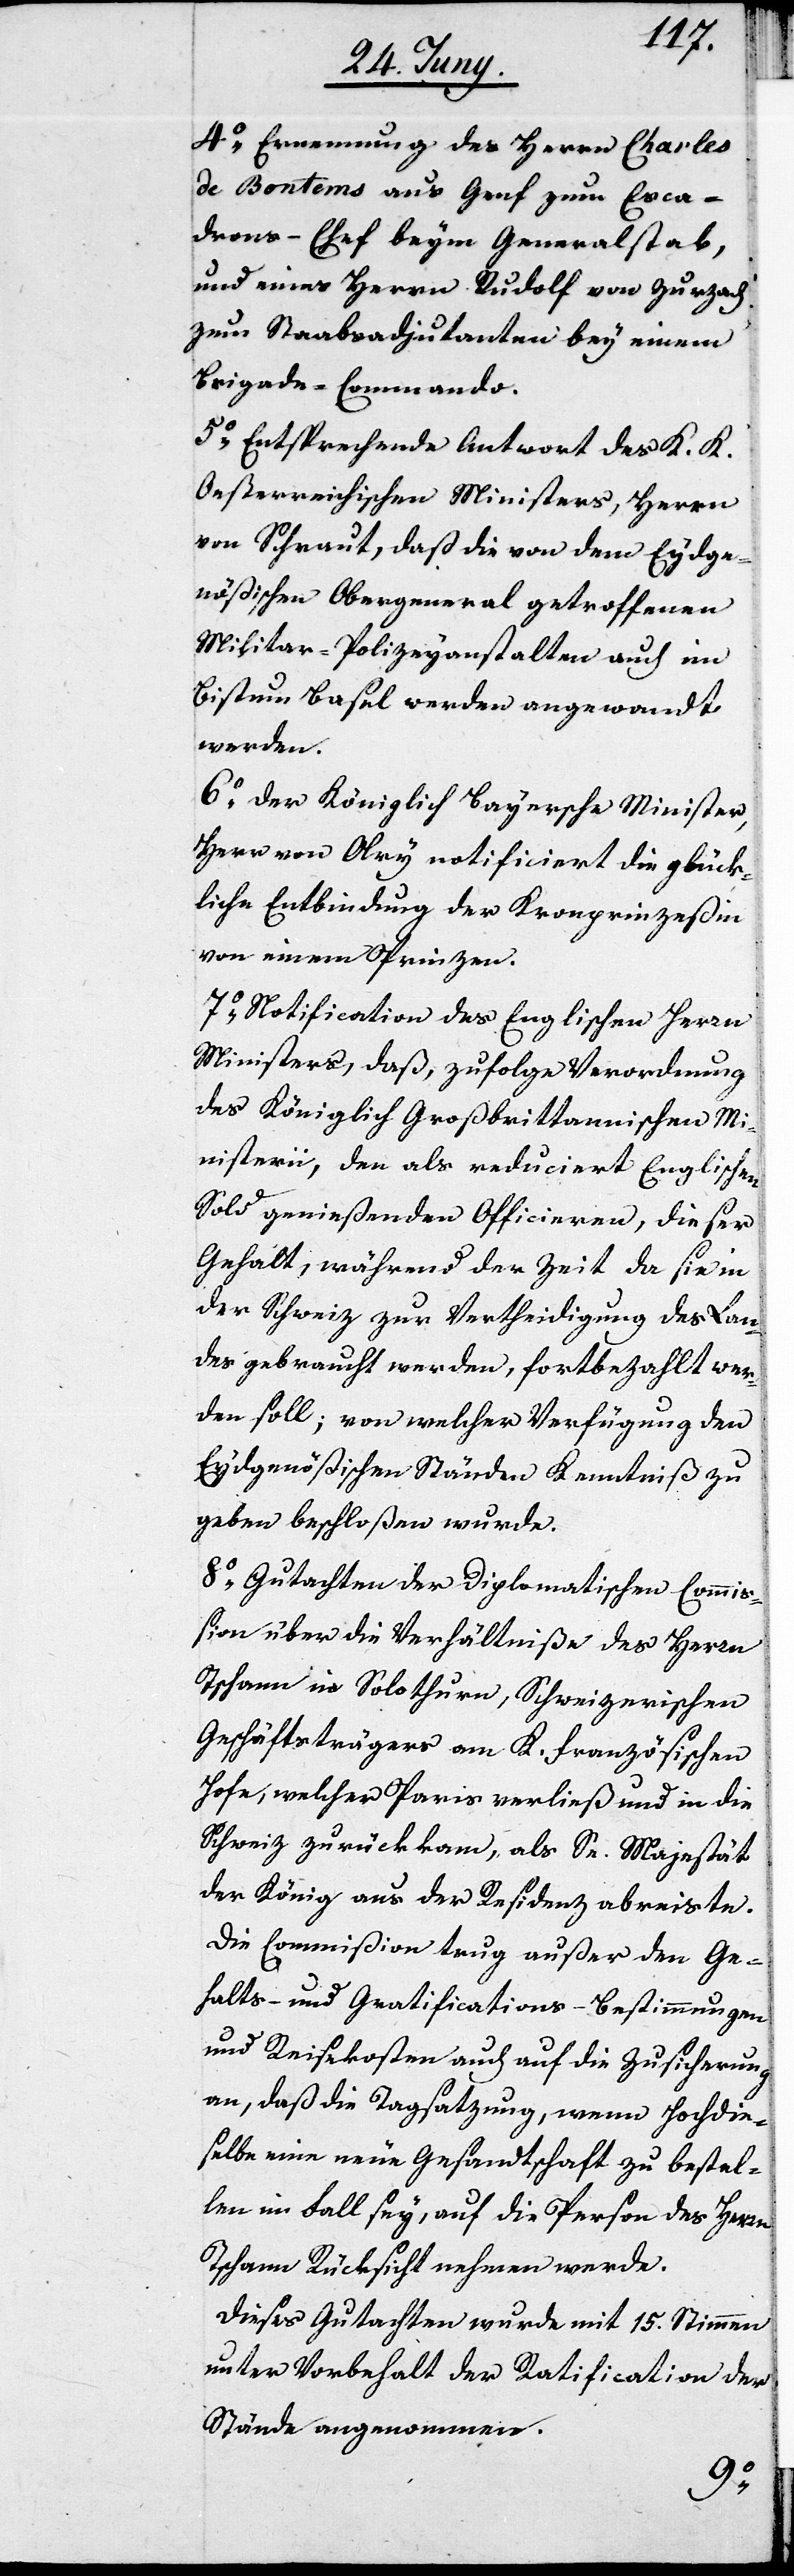
4o Ernennung des Herrn Charles
de Bontems aus Genf zum Esca¬
drons-Chef beym Generalstab,
und eines Herrn Rudolf von Zurzach
zum Staabsadjutanten bey einem
Brigade-Commando.
5o Entsprechende Antwort des K. K.
Oesterreichischen Ministers, Herrn
von Schraut, daß die von dem Eydge¬
nößischen Obergeneral getroffenen
Militar-Polizeyanstalten auch im
Bistum Basel werden angewendet
werden.
6o Der Königlich Bayersche Minister,
Herr von Olry notificiert die glück¬
liche Entbindung der Kronprinzeßin
von einem Prinzen.
7o Notification des Englischen Herrn
Ministers, daß, zufolge Verordnung
des Königlich Großbrittannischen Mi¬
nisterii, den als reduciert Englischen
Sold genießenden Officieren, dieser
Gehalt, während der Zeit da sie in
der Schweiz zur Vertheidigung des Lan¬
des gebraucht werden, fortbezahlt wer¬
den soll; von welcher Verfügung den
Eydgenößischen Ständen Kenntniß zu
geben beschloßen wurde.
8o Gutachten der Diplomatischen Commiß¬
ion über die Verhältniße des Herrn
Tschann in Solothurn, Schweizerischen
Geschäftsträgers am K. Französischen
Hofe, welcher Paris verließ und in die
Schweiz zurückkam, als Se. Majestät
der König aus der Residenz abreiste.
Die Commißion trug außer den Ge¬
halts- und Gratifications-Bestimmungen
und Reisekosten auch auf die Zusicherung
an, daß die Tagsatzung, wenn Hochdie¬
selbe eine neue Gesandtschaft zu bestel¬
len im Fall sey, auf die Person des Herrn
Tschann Rücksicht nehmen werde.
Dieses Gutachten wurde mit 15. Stimmen
unter Vorbehalt der Ratification der
Stände angenommen.